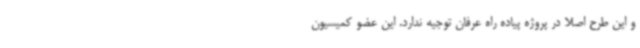
و این طرح اصلا در پروژه پیاده راه عرفان توجیه ندارد. این عضو کمیسیون